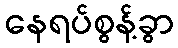
နေရပ်စွန့်ခွာ